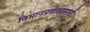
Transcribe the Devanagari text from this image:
विमानप्रवासासाठी